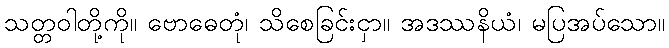
သတ္တဝါတို့ကို။ ဗောဓေတုံ၊ သိစေခြင်းငှာ။ အဒဿနိယံ၊ မပြအပ်သော။